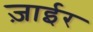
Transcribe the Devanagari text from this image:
ज़ाईर